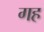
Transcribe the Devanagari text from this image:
गह